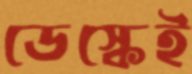
ডেস্কেই